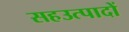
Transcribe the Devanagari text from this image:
सहउत्पादों